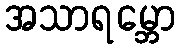
အသာရမ္ဘော